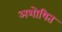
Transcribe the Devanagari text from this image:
अशोषित